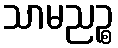
သာမညဉ္စ